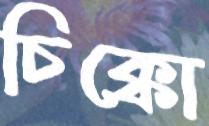
চিক্কো